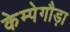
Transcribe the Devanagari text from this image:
केम्पेगौड़ा